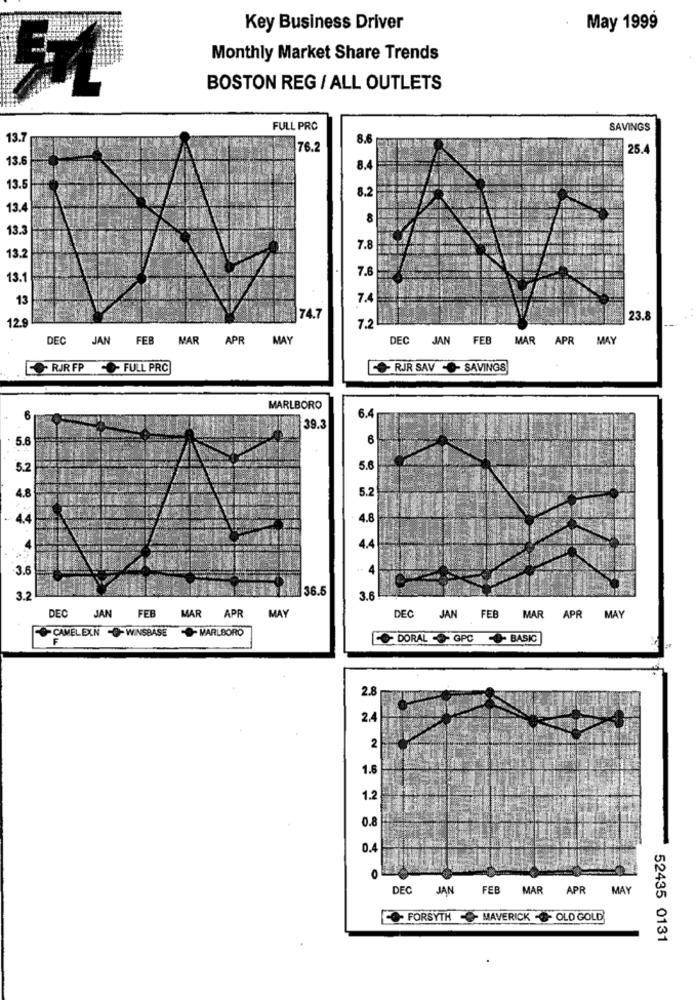
Key Business Driver
May 1999
Monthly Market Share Trends
BOSTON REG / ALL OUTLETS
FULL PRC
SAVINGS
13.7
8.6
76.2
25.4
13.6
8.4
13.5
8.2
13.
8
13.
7.8
13.
7.6
13.1
13
7.4
12.9
74.7
23.8
7.2
DEC
JAN
FEB MAR APR MAY
DEC JAN FEB MAR APR MAY
RIR FP- FULL PRC
RIR SAV - SAVINGS
MARLBORO
6.4
39.3
5.6
6
5.2
5.6
1.8
5.2
4.4
4.8
4.4
3.6
36.5
3.2
3.6
DEC JAN FEB MAR APR MAY
DEC JAN FEB
MAR APR MAY
-CAMELELN -O- WINSBASE - MARLBORO
DORAL - GPC - BASIC
2.8
2.4
2
1.8
1.2
0.8
0.4
DEC JAN
FEB MAR APR
MAY
FORSYTH MAVERICK - OLD GOLD
52435 0131